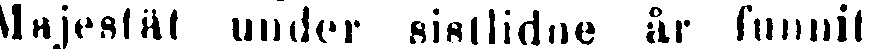
Majestät under sistlidne år funnit